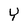
Character: Y